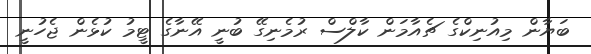
ބަޔާން މިއުނިކްގެ ޗެއާމަން ކާލްސް ރުމެނިގޭ ބުނީ އޭނާގެ ޓީމު ކުޅެން ޖެހުނީ